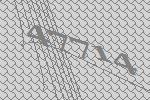
47714